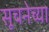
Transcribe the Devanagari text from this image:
सूचनेच्या